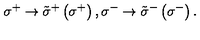
\sigma ^ { + } \rightarrow \tilde { \sigma } ^ { + } \left( \sigma ^ { + } \right) , \sigma ^ { - } \rightarrow \tilde { \sigma } ^ { - } \left( \sigma ^ { - } \right) .